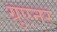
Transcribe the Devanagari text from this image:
ग्रुएनर